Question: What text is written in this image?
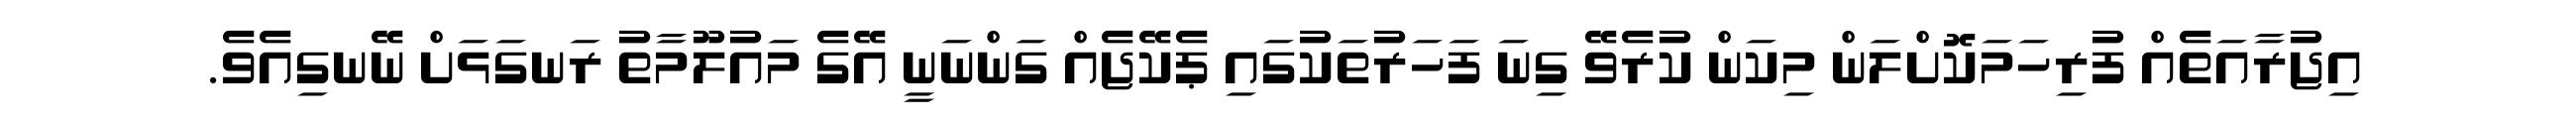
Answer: އިޖުރާއަތެއް ފުރިހަމަކޮށްލަން މިކަން ކުރެވޭ ގިނަ ފަހަރުތަކުގައި ޕެކޭޖެއް ގަންނަނީ އޭގެ މައުލޫމާތު ރަނގަޅަށް ނޭނގިއެވެ.